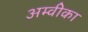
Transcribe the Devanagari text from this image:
अम्वीका